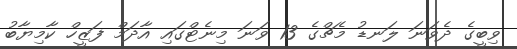
ވިބީގެ ދެވަނަ ލަނޑު މެޗްގެ 13 ވަނަ މިނެޓްގައި އާދަމް ފަޒީހް ކާމިޔާބު